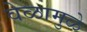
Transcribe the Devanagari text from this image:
वेळामुळे